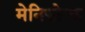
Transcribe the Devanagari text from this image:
मेनिफोल्ड